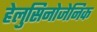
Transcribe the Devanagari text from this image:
हेलुसिनोजेनिक